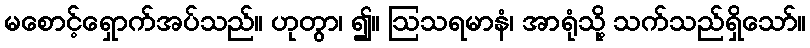
မစောင့်ရှောက်အပ်သည်။ ဟုတွာ၊ ၍။ ဩသရမာနံ၊ အာရုံသို့ သက်သည်ရှိသော်။